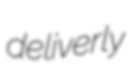
deliverly